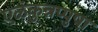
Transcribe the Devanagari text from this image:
एळंकुन्नप्पुष़ा